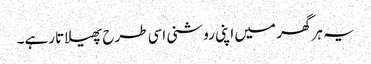
یہ ہر گھر میں اپنی روشنی اسی طرح پھیلاتا رہے۔